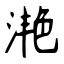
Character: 滟